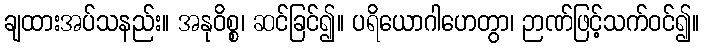
ချထားအပ်သနည်း။ အနုဝိစ္စ၊ ဆင်ခြင်၍။ ပရိယောဂါဟေတွာ၊ ဉာဏ်ဖြင့်သက်ဝင်၍။